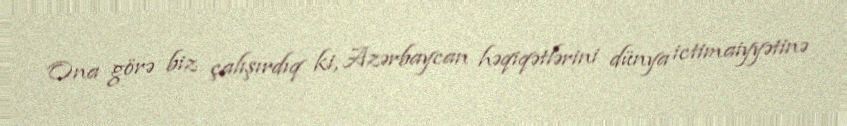
Ona görə biz çalışırdıq ki, Azərbaycan həqiqətlərini dünya ictimaiyyətinə